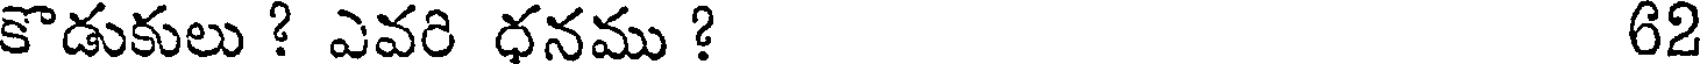
కొడుకులు ? ఎవరి ధనము ? 62